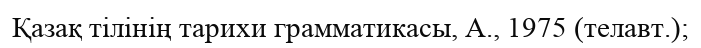
Қазақ тілінің тарихи грамматикасы, А., 1975 (телавт.);